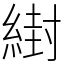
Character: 䋽